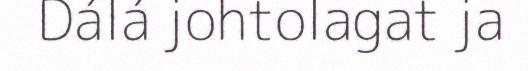
Dálá johtolagat ja